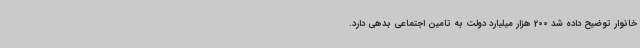
خانوار توضیح داده شد 200 هزار میلیارد دولت به تامین اجتماعی بدهی دارد.